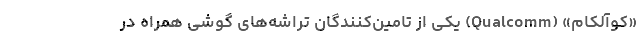
«کوآلکام» (Qualcomm) یکی از تامین‌کنندگان تراشه‌های گوشی همراه در